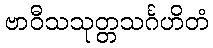
ဗာဝီသသုတ္တသင်္ဂဟိတံ